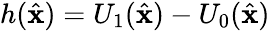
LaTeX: h(\hat{\mathbf{x}})=U_{1}(\hat{\mathbf{x}})-U_{0}(\hat{\mathbf{x}})